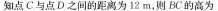
知点C与点D之间的距离为12m，则BC的高为